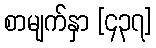
စာမျက်နှာ [၄၃၇]